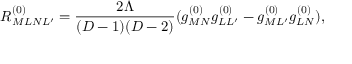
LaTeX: R _ { M L N L ^ { \prime } } ^ { ( 0 ) } = \frac { 2 \Lambda } { ( D - 1 ) ( D - 2 ) } ( g _ { M N } ^ { ( 0 ) } g _ { L L ^ { \prime } } ^ { ( 0 ) } - g _ { M L ^ { \prime } } ^ { ( 0 ) } g _ { L N } ^ { ( 0 ) } ) ,